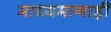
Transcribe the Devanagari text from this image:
माध्यमानाही